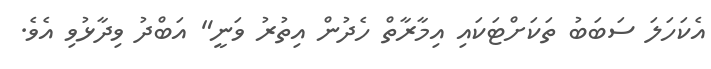
އެކަހަލަ ސަބަބު ތަކަށްޓަކައި އިމާރާތް ހެދުން އިތުރު ވަނީ" އަބްދު ވިދާޅުވި އެވެ.